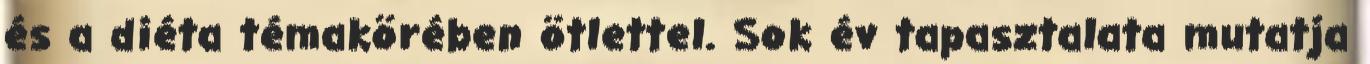
és a diéta témakörében ötlettel. Sok év tapasztalata mutatja